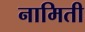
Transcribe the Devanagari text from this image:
नामिती